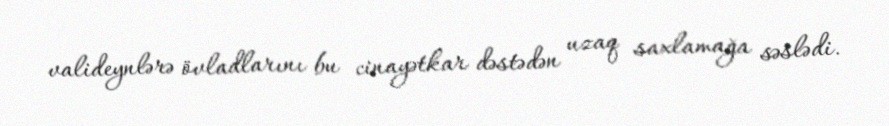
valideynlərə övladlarını bu cinayətkar dəstədən uzaq saxlamağa səslədi.